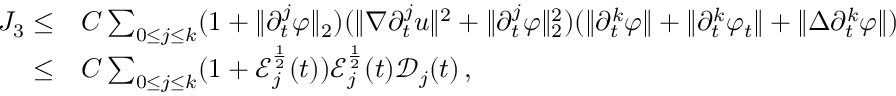
\begin{array} { r l } { J _ { 3 } \leq } & { C \sum _ { 0 \leq j \leq k } ( 1 + \| \partial _ { t } ^ { j } \varphi \| _ { 2 } ) ( \| \nabla \partial _ { t } ^ { j } u \| ^ { 2 } + \| \partial _ { t } ^ { j } \varphi \| _ { 2 } ^ { 2 } ) ( \| \partial _ { t } ^ { k } \varphi \| + \| \partial _ { t } ^ { k } \varphi _ { t } \| + \| \Delta \partial _ { t } ^ { k } \varphi \| ) } \\ { \leq } & { C \sum _ { 0 \leq j \leq k } ( 1 + \mathcal { E } _ { j } ^ { \frac { 1 } { 2 } } ( t ) ) \mathcal { E } _ { j } ^ { \frac { 1 } { 2 } } ( t ) \mathcal { D } _ { j } ( t ) \, , } \end{array}